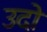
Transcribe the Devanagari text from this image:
उदो